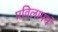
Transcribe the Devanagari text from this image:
प्रविलापनं